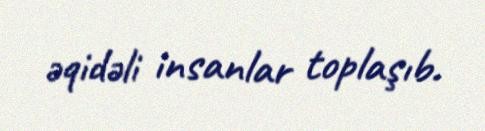
əqidəli insanlar toplaşıb.